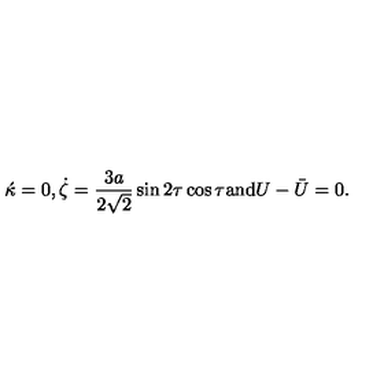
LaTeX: \acute { \kappa } = 0 , \dot { \zeta } = \frac { 3 a } { 2 \sqrt { 2 } } \sin 2 \tau \cos \tau \mathrm { a n d } U - \bar { U } = 0 .